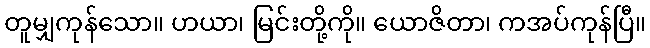
တူမျှကုန်သော။ ဟယာ၊ မြင်းတို့ကို။ ယောဇိတာ၊ ကအပ်ကုန်ပြီ။